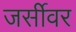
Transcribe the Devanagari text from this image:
जर्सीवर